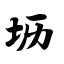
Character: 坜